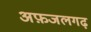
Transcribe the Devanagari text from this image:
अफ़जलगढ़